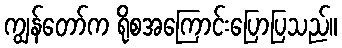
ကျွန်တော်က ရိုစအကြောင်းပြောပြသည်။